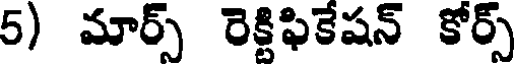
5) మార్స్ రెక్టిఫికేషన్ కోర్స్